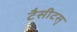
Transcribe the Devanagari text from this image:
टैसीटसृ